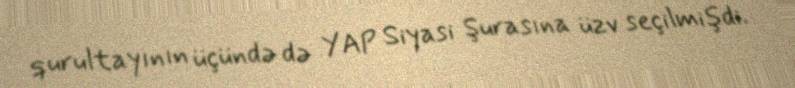
qurultayının üçündə də YAP Siyasi Şurasına üzv seçilmişdi.